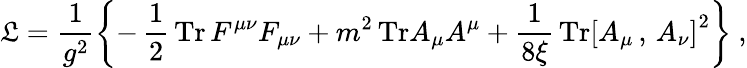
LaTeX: {\cal\mathfrak{L}}=\frac{{1}}{{g^{2}}}\left\{ -\, \frac{{1}}{{2}}\, \mathrm{{Tr}}\, F^{\mu\nu}F_{\mu\nu}+m^{2}\, \mathrm{{Tr}}A_{\mu}A^{\mu}+\frac{{1}}{{8\xi}}\, \mathrm{{Tr}}\left[A_{\mu}\, ,\, A_{\nu}\right]^{2}\right\} \ ,